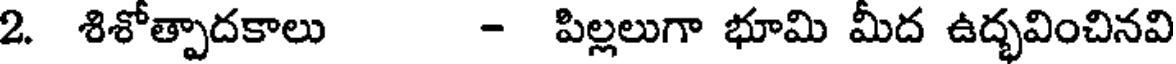
2. శిశోత్పాదకాలు - పిల్లలుగా భూమి మీద ఉద్భవించినవి